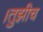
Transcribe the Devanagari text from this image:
।तुझीच